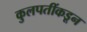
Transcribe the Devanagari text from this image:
कुलपतींकडून